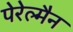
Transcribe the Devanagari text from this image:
पेरेल्मैन